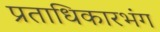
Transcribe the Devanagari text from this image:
प्रताधिकारभंग